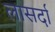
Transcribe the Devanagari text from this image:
लासर्दा